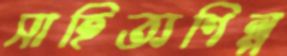
সাহিত্যশিল্প